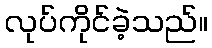
လုပ်ကိုင်ခဲ့သည်။